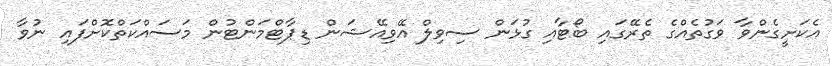
އެކަށީގެންވާ ވަގުތެއްގެ ތެރޭގައި ބޯޓާއި ގުޅަން ސިވިލް އޭވިއޭޝަން ޑިޕާޓްމަންޓުން މަސައްކަތްކޮށްފައި ނުވާ